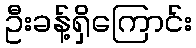
ဦးခန့်ရှိကြောင်း